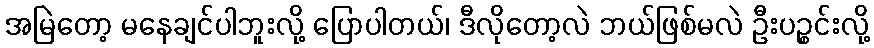
အမြဲတော့ မနေချင်ပါဘူးလို့ ပြောပါတယ်၊ ဒီလိုတော့လဲ ဘယ်ဖြစ်မလဲ ဦးပဉ္စင်းလို့